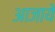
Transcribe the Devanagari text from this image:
आजाये